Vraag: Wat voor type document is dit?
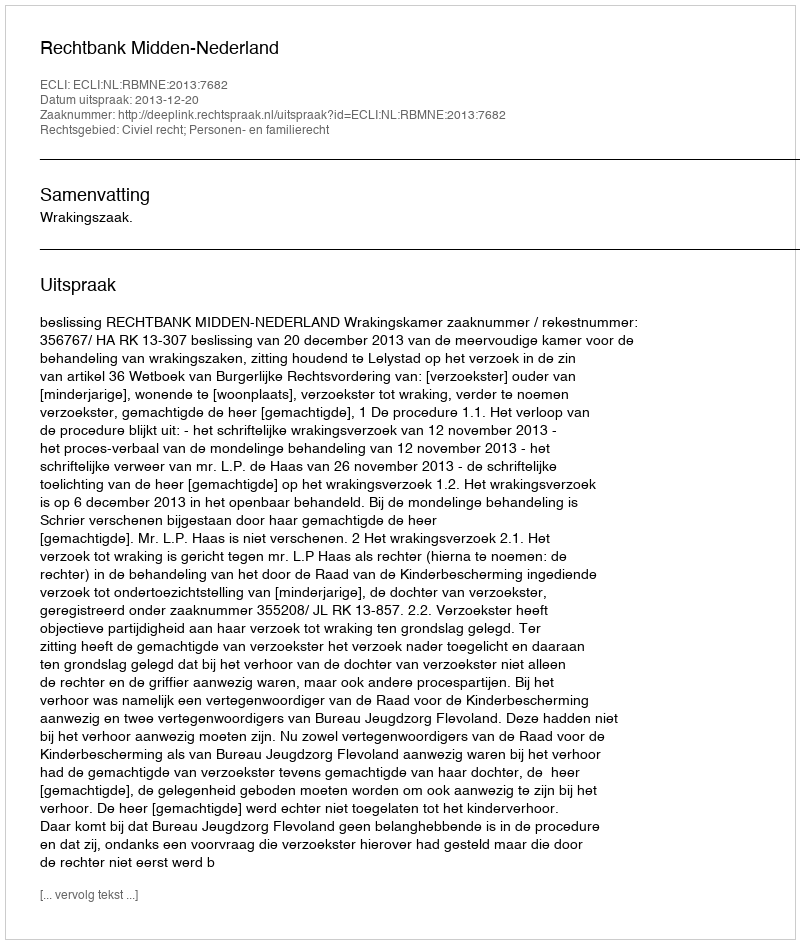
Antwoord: Uitspraak